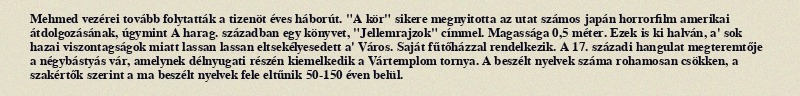
Mehmed vezérei tovább folytatták a tizenöt éves háborút. "A kör" sikere megnyitotta az utat számos japán horrorfilm amerikai átdolgozásának, úgymint A harag. században egy könyvet, "Jellemrajzok" címmel. Magassága 0,5 méter. Ezek is ki halván, a' sok hazai viszontagságok miatt lassan lassan eltsekélyesedett a' Város. Saját fűtőházzal rendelkezik. A 17. századi hangulat megteremtője a négybástyás vár, amelynek délnyugati részén kiemelkedik a Vártemplom tornya. A beszélt nyelvek száma rohamosan csökken, a szakértők szerint a ma beszélt nyelvek fele eltűnik 50-150 éven belül.